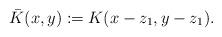
LaTeX: \begin{align*} \bar{K}(x,y):= K(x-z_{1},y-z_{1}). \end{align*}